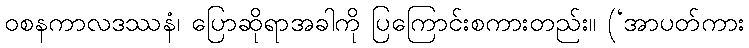
ဝစနကာလဒဿနံ၊ ပြောဆိုရာအခါကို ပြကြောင်းစကားတည်း။ (‘အာပတ်ကား